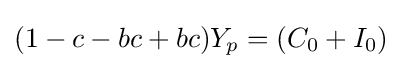
(1-c-bc+bc)Y_{p}=(C_{0}+I_{0})